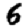
Digit: 6